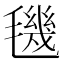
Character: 𣰈